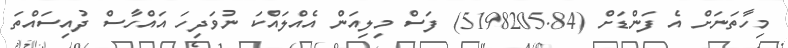
މިހާތަނަށް އެ ފަންޑަށް (5198205.84) ފަސް މިލިއަން އެއްލައްކަ ނުވަދިހަ އައްހާސް ދުއިސައްތަ